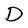
Character: D